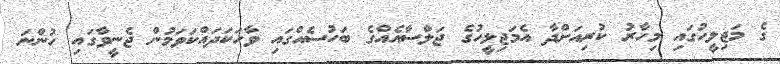
ގެ މަޖިލީހުގައި މިހާރު ކުރިއަށްދާ އެމަޖިލީހުގެ ޖަލްސާއެއްގެ ބަހުސެއްގައި ވާހަކަދައްކަވަމުން ޖެނީވާގައި ހުންނަ